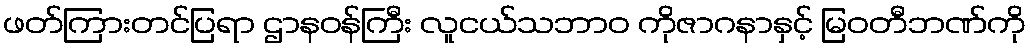
ဖတ်ကြားတင်ပြရာ ဌာနဝန်ကြီး လူငယ်သဘာ၀ ကိုဇာဂနာနှင့် မြဝတီဘဏ်ကို